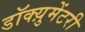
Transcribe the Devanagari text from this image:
डॉक्य़ुमेंटरी